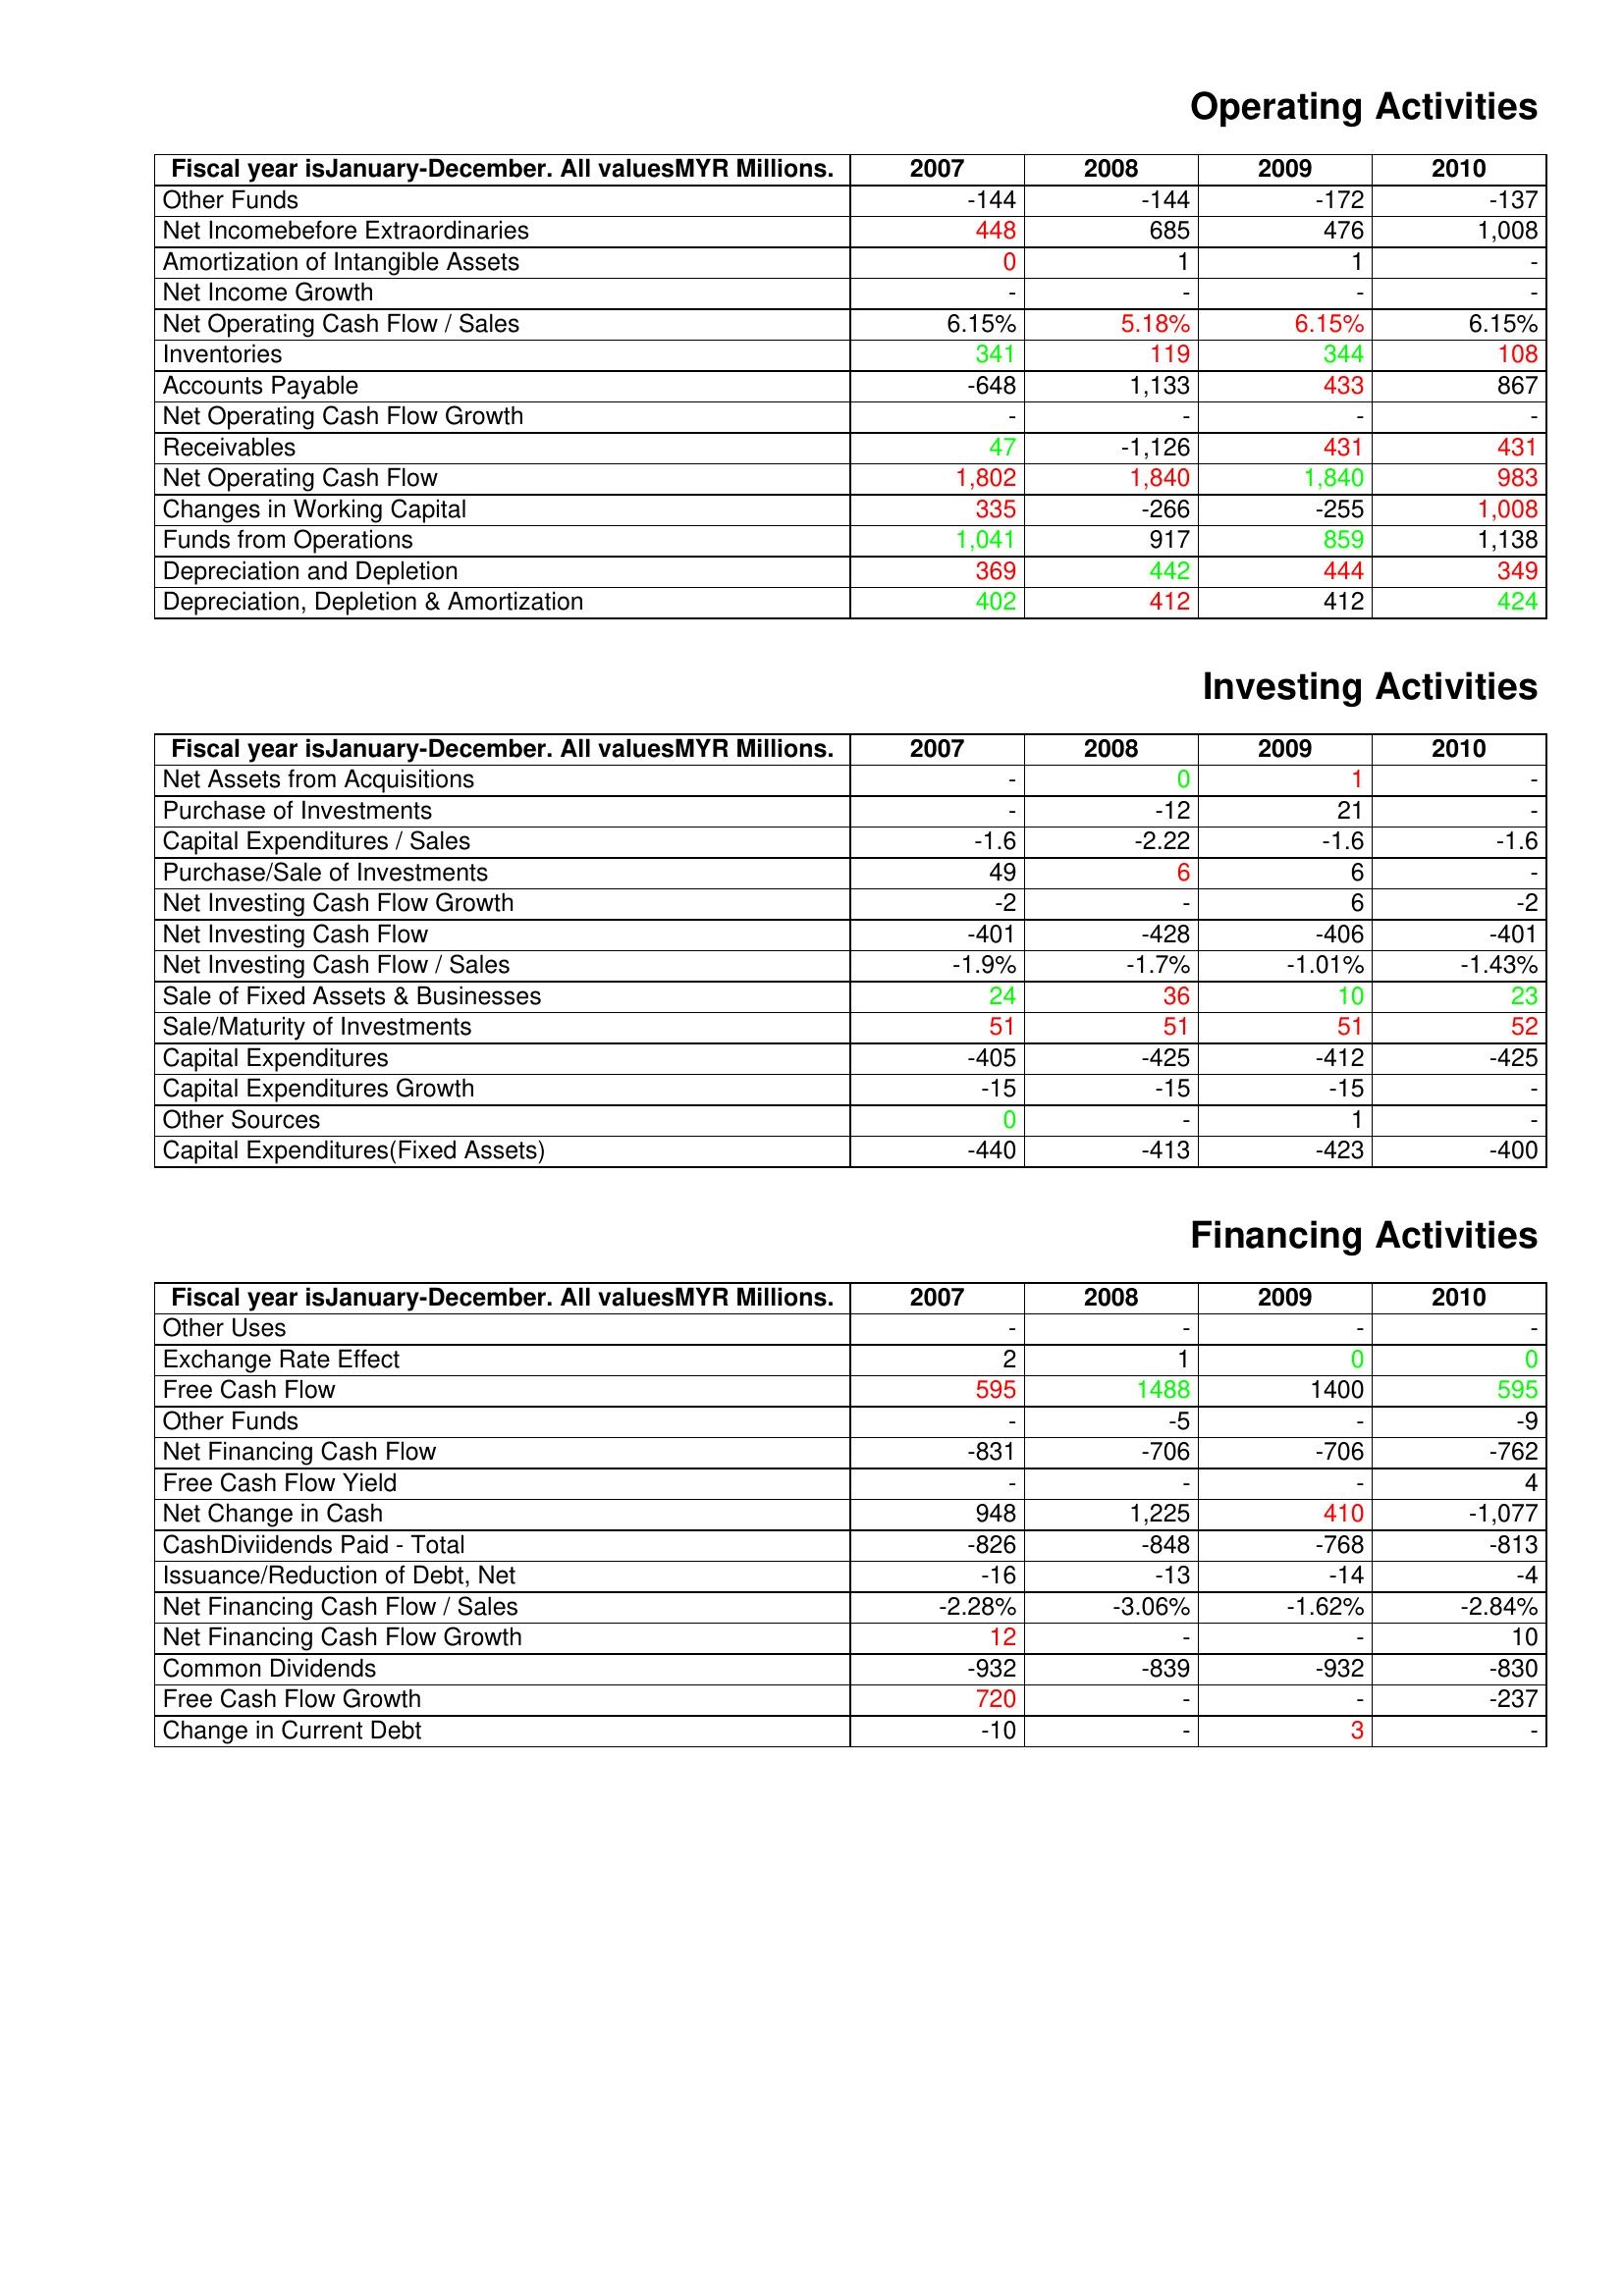
gt_parse: 2007: Operating Activities: Other Funds: -144
Net Incomebefore Extraordinaries: 448
Amortization of Intangible Assets: 0
Net Income Growth: -
Net Operating Cash Flow / Sales: 6.15%
Inventories: 341
Accounts Payable: -648
Net Operating Cash Flow Growth: -
Receivables: 47
Net Operating Cash Flow: 1,802
Changes in Working Capital: 335
Funds from Operations: 1,041
Depreciation and Depletion: 369
Depreciation, Depletion & Amortization: 402
Investing Activities: Net Assets from Acquisitions: -
Purchase of Investments: -
Capital Expenditures / Sales: -1.6
Purchase/Sale of Investments: 49
Net Investing Cash Flow Growth: -2
Net Investing Cash Flow: -401
Net Investing Cash Flow / Sales: -1.9%
Sale of Fixed Assets & Businesses: 24
Sale/Maturity of Investments: 51
Capital Expenditures: -405
Capital Expenditures Growth: -15
Other Sources: 0
Capital Expenditures(Fixed Assets): -440
Financing Activities: Other Uses: -
Exchange Rate Effect: 2
Free Cash Flow: 595
Other Funds: -
Net Financing Cash Flow: -831
Free Cash Flow Yield: -
Net Change in Cash: 948
CashDiviidends Paid - Total: -826
Issuance/Reduction of Debt, Net: -16
Net Financing Cash Flow / Sales: -2.28%
Net Financing Cash Flow Growth: 12
Common Dividends: -932
Free Cash Flow Growth: 720
Change in Current Debt: -10
2008: Operating Activities: Other Funds: -144
Net Incomebefore Extraordinaries: 685
Amortization of Intangible Assets: 1
Net Income Growth: -
Net Operating Cash Flow / Sales: 5.18%
Inventories: 119
Accounts Payable: 1,133
Net Operating Cash Flow Growth: -
Receivables: -1,126
Net Operating Cash Flow: 1,840
Changes in Working Capital: -266
Funds from Operations: 917
Depreciation and Depletion: 442
Depreciation, Depletion & Amortization: 412
Investing Activities: Net Assets from Acquisitions: 0
Purchase of Investments: -12
Capital Expenditures / Sales: -2.22
Purchase/Sale of Investments: 6
Net Investing Cash Flow Growth: -
Net Investing Cash Flow: -428
Net Investing Cash Flow / Sales: -1.7%
Sale of Fixed Assets & Businesses: 36
Sale/Maturity of Investments: 51
Capital Expenditures: -425
Capital Expenditures Growth: -15
Other Sources: -
Capital Expenditures(Fixed Assets): -413
Financing Activities: Other Uses: -
Exchange Rate Effect: 1
Free Cash Flow: 1488
Other Funds: -5
Net Financing Cash Flow: -706
Free Cash Flow Yield: -
Net Change in Cash: 1,225
CashDiviidends Paid - Total: -848
Issuance/Reduction of Debt, Net: -13
Net Financing Cash Flow / Sales: -3.06%
Net Financing Cash Flow Growth: -
Common Dividends: -839
Free Cash Flow Growth: -
Change in Current Debt: -
2009: Operating Activities: Other Funds: -172
Net Incomebefore Extraordinaries: 476
Amortization of Intangible Assets: 1
Net Income Growth: -
Net Operating Cash Flow / Sales: 6.15%
Inventories: 344
Accounts Payable: 433
Net Operating Cash Flow Growth: -
Receivables: 431
Net Operating Cash Flow: 1,840
Changes in Working Capital: -255
Funds from Operations: 859
Depreciation and Depletion: 444
Depreciation, Depletion & Amortization: 412
Investing Activities: Net Assets from Acquisitions: 1
Purchase of Investments: 21
Capital Expenditures / Sales: -1.6
Purchase/Sale of Investments: 6
Net Investing Cash Flow Growth: 6
Net Investing Cash Flow: -406
Net Investing Cash Flow / Sales: -1.01%
Sale of Fixed Assets & Businesses: 10
Sale/Maturity of Investments: 51
Capital Expenditures: -412
Capital Expenditures Growth: -15
Other Sources: 1
Capital Expenditures(Fixed Assets): -423
Financing Activities: Other Uses: -
Exchange Rate Effect: 0
Free Cash Flow: 1400
Other Funds: -
Net Financing Cash Flow: -706
Free Cash Flow Yield: -
Net Change in Cash: 410
CashDiviidends Paid - Total: -768
Issuance/Reduction of Debt, Net: -14
Net Financing Cash Flow / Sales: -1.62%
Net Financing Cash Flow Growth: -
Common Dividends: -932
Free Cash Flow Growth: -
Change in Current Debt: 3
2010: Operating Activities: Other Funds: -137
Net Incomebefore Extraordinaries: 1,008
Amortization of Intangible Assets: -
Net Income Growth: -
Net Operating Cash Flow / Sales: 6.15%
Inventories: 108
Accounts Payable: 867
Net Operating Cash Flow Growth: -
Receivables: 431
Net Operating Cash Flow: 983
Changes in Working Capital: 1,008
Funds from Operations: 1,138
Depreciation and Depletion: 349
Depreciation, Depletion & Amortization: 424
Investing Activities: Net Assets from Acquisitions: -
Purchase of Investments: -
Capital Expenditures / Sales: -1.6
Purchase/Sale of Investments: -
Net Investing Cash Flow Growth: -2
Net Investing Cash Flow: -401
Net Investing Cash Flow / Sales: -1.43%
Sale of Fixed Assets & Businesses: 23
Sale/Maturity of Investments: 52
Capital Expenditures: -425
Capital Expenditures Growth: -
Other Sources: -
Capital Expenditures(Fixed Assets): -400
Financing Activities: Other Uses: -
Exchange Rate Effect: 0
Free Cash Flow: 595
Other Funds: -9
Net Financing Cash Flow: -762
Free Cash Flow Yield: 4
Net Change in Cash: -1,077
CashDiviidends Paid - Total: -813
Issuance/Reduction of Debt, Net: -4
Net Financing Cash Flow / Sales: -2.84%
Net Financing Cash Flow Growth: 10
Common Dividends: -830
Free Cash Flow Growth: -237
Change in Current Debt: -